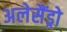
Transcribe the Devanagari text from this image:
अलेसैंड्रो